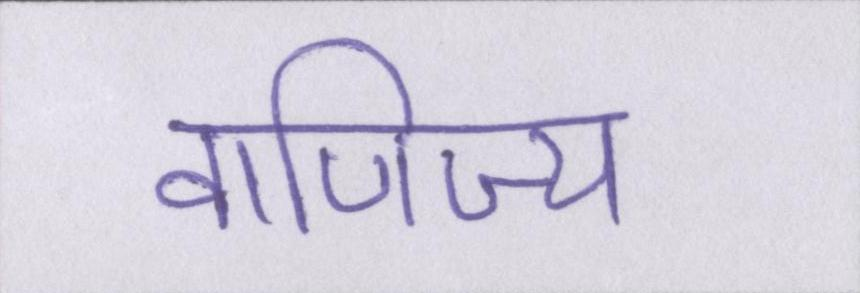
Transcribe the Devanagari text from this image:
वाणिज्य